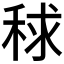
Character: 𥟇